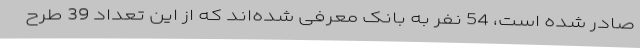
صادر شده است، 54 نفر به بانک معرفی شده‌اند که از این تعداد 39 طرح